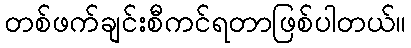
တစ်ဖက်ချင်းစီကင်ရတာဖြစ်ပါတယ်။